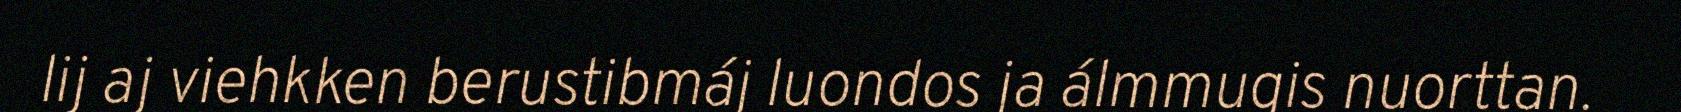
lij aj viehkken berustibmáj luondos ja álmmugis nuorttan.